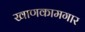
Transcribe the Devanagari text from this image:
खाणकामगार